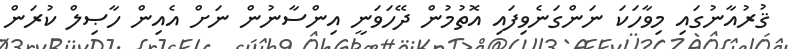
ޤުރުއާނުގައި މިވާހަކަ ނަންގަނެވިފައި އޮތުމުން ދޭހަވަނީ އިންސާނުން ނަށް އެއިން ހާޞިލް ކުރަން